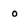
Character: 0